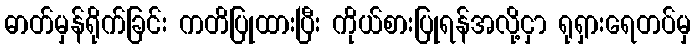
ဓာတ်မှန်ရိုက်ခြင်း ကတိပြုထားပြီး ကိုယ်စားပြုရန်အလို့ငှာ ရုရှားရေတပ်မှ